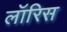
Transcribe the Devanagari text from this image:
लॉरिस